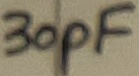
Text: 30pF